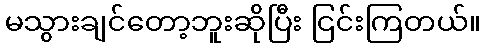
မသွားချင်တော့ဘူးဆိုပြီး ငြင်းကြတယ်။